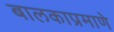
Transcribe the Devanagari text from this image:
बालकाप्रमाणे